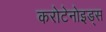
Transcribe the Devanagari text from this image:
करोटेनोइड्स